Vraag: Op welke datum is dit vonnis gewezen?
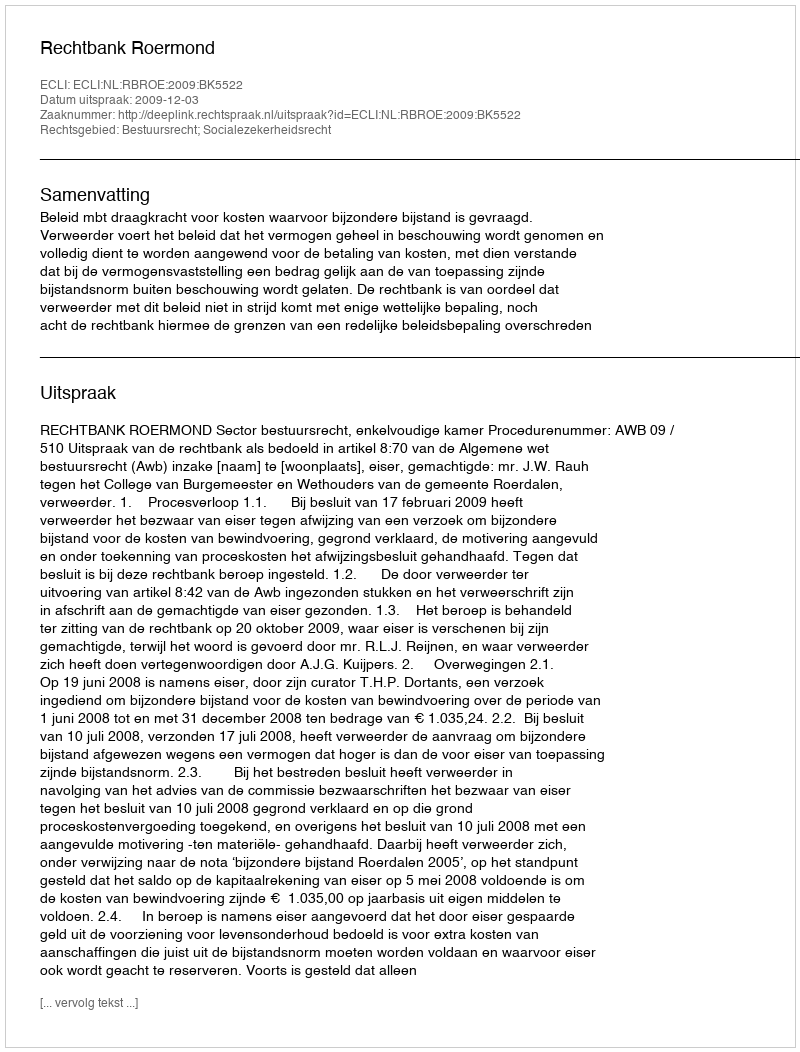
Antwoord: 2009-12-03